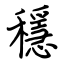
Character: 穩